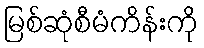
မြစ်ဆုံစီမံကိန်းကို